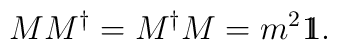
M M^{\dag} = M^{\dag} M =m^2 1 \kern - .4em 1,